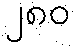
၂၈၀